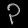
Digit: ၃